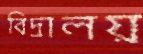
বিদ্রালয়